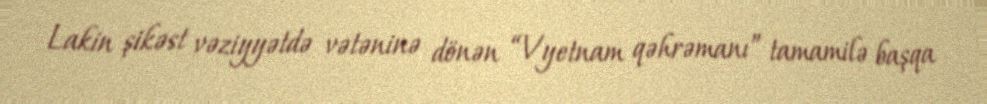
Lakin şikəst vəziyyətdə vətəninə dönən “Vyetnam qəhrəmanı” tamamilə başqa